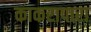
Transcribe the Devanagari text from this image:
काकरापारा